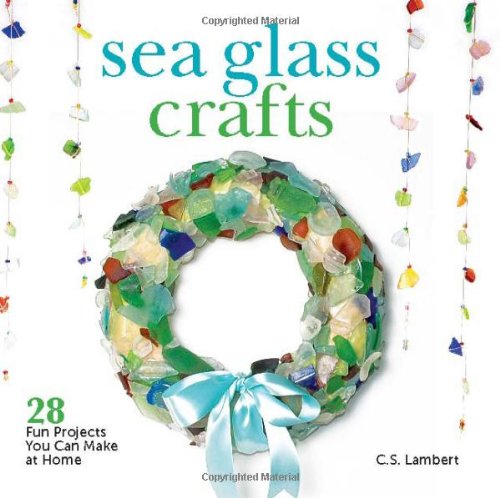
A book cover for Sea Glass Crafts: 28 Fun Projects You Can Make at Home; C. S. Lambert; Crafts, Hobbies & Home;